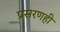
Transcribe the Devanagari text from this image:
प्रसरणही